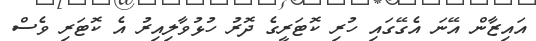
އައިޒާން އޭނަ އެގޭގައި ހުރި ކޮޓަރީގެ ދޮރު ހުޅުވާލިއިރު އެ ކޮޓަރި ވެސް